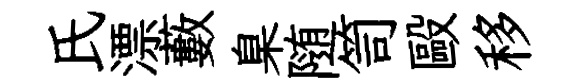
氏漂藪臬随笥毆移